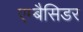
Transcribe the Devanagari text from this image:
एम्बैसिडर